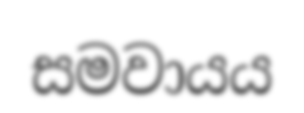
සමවායය